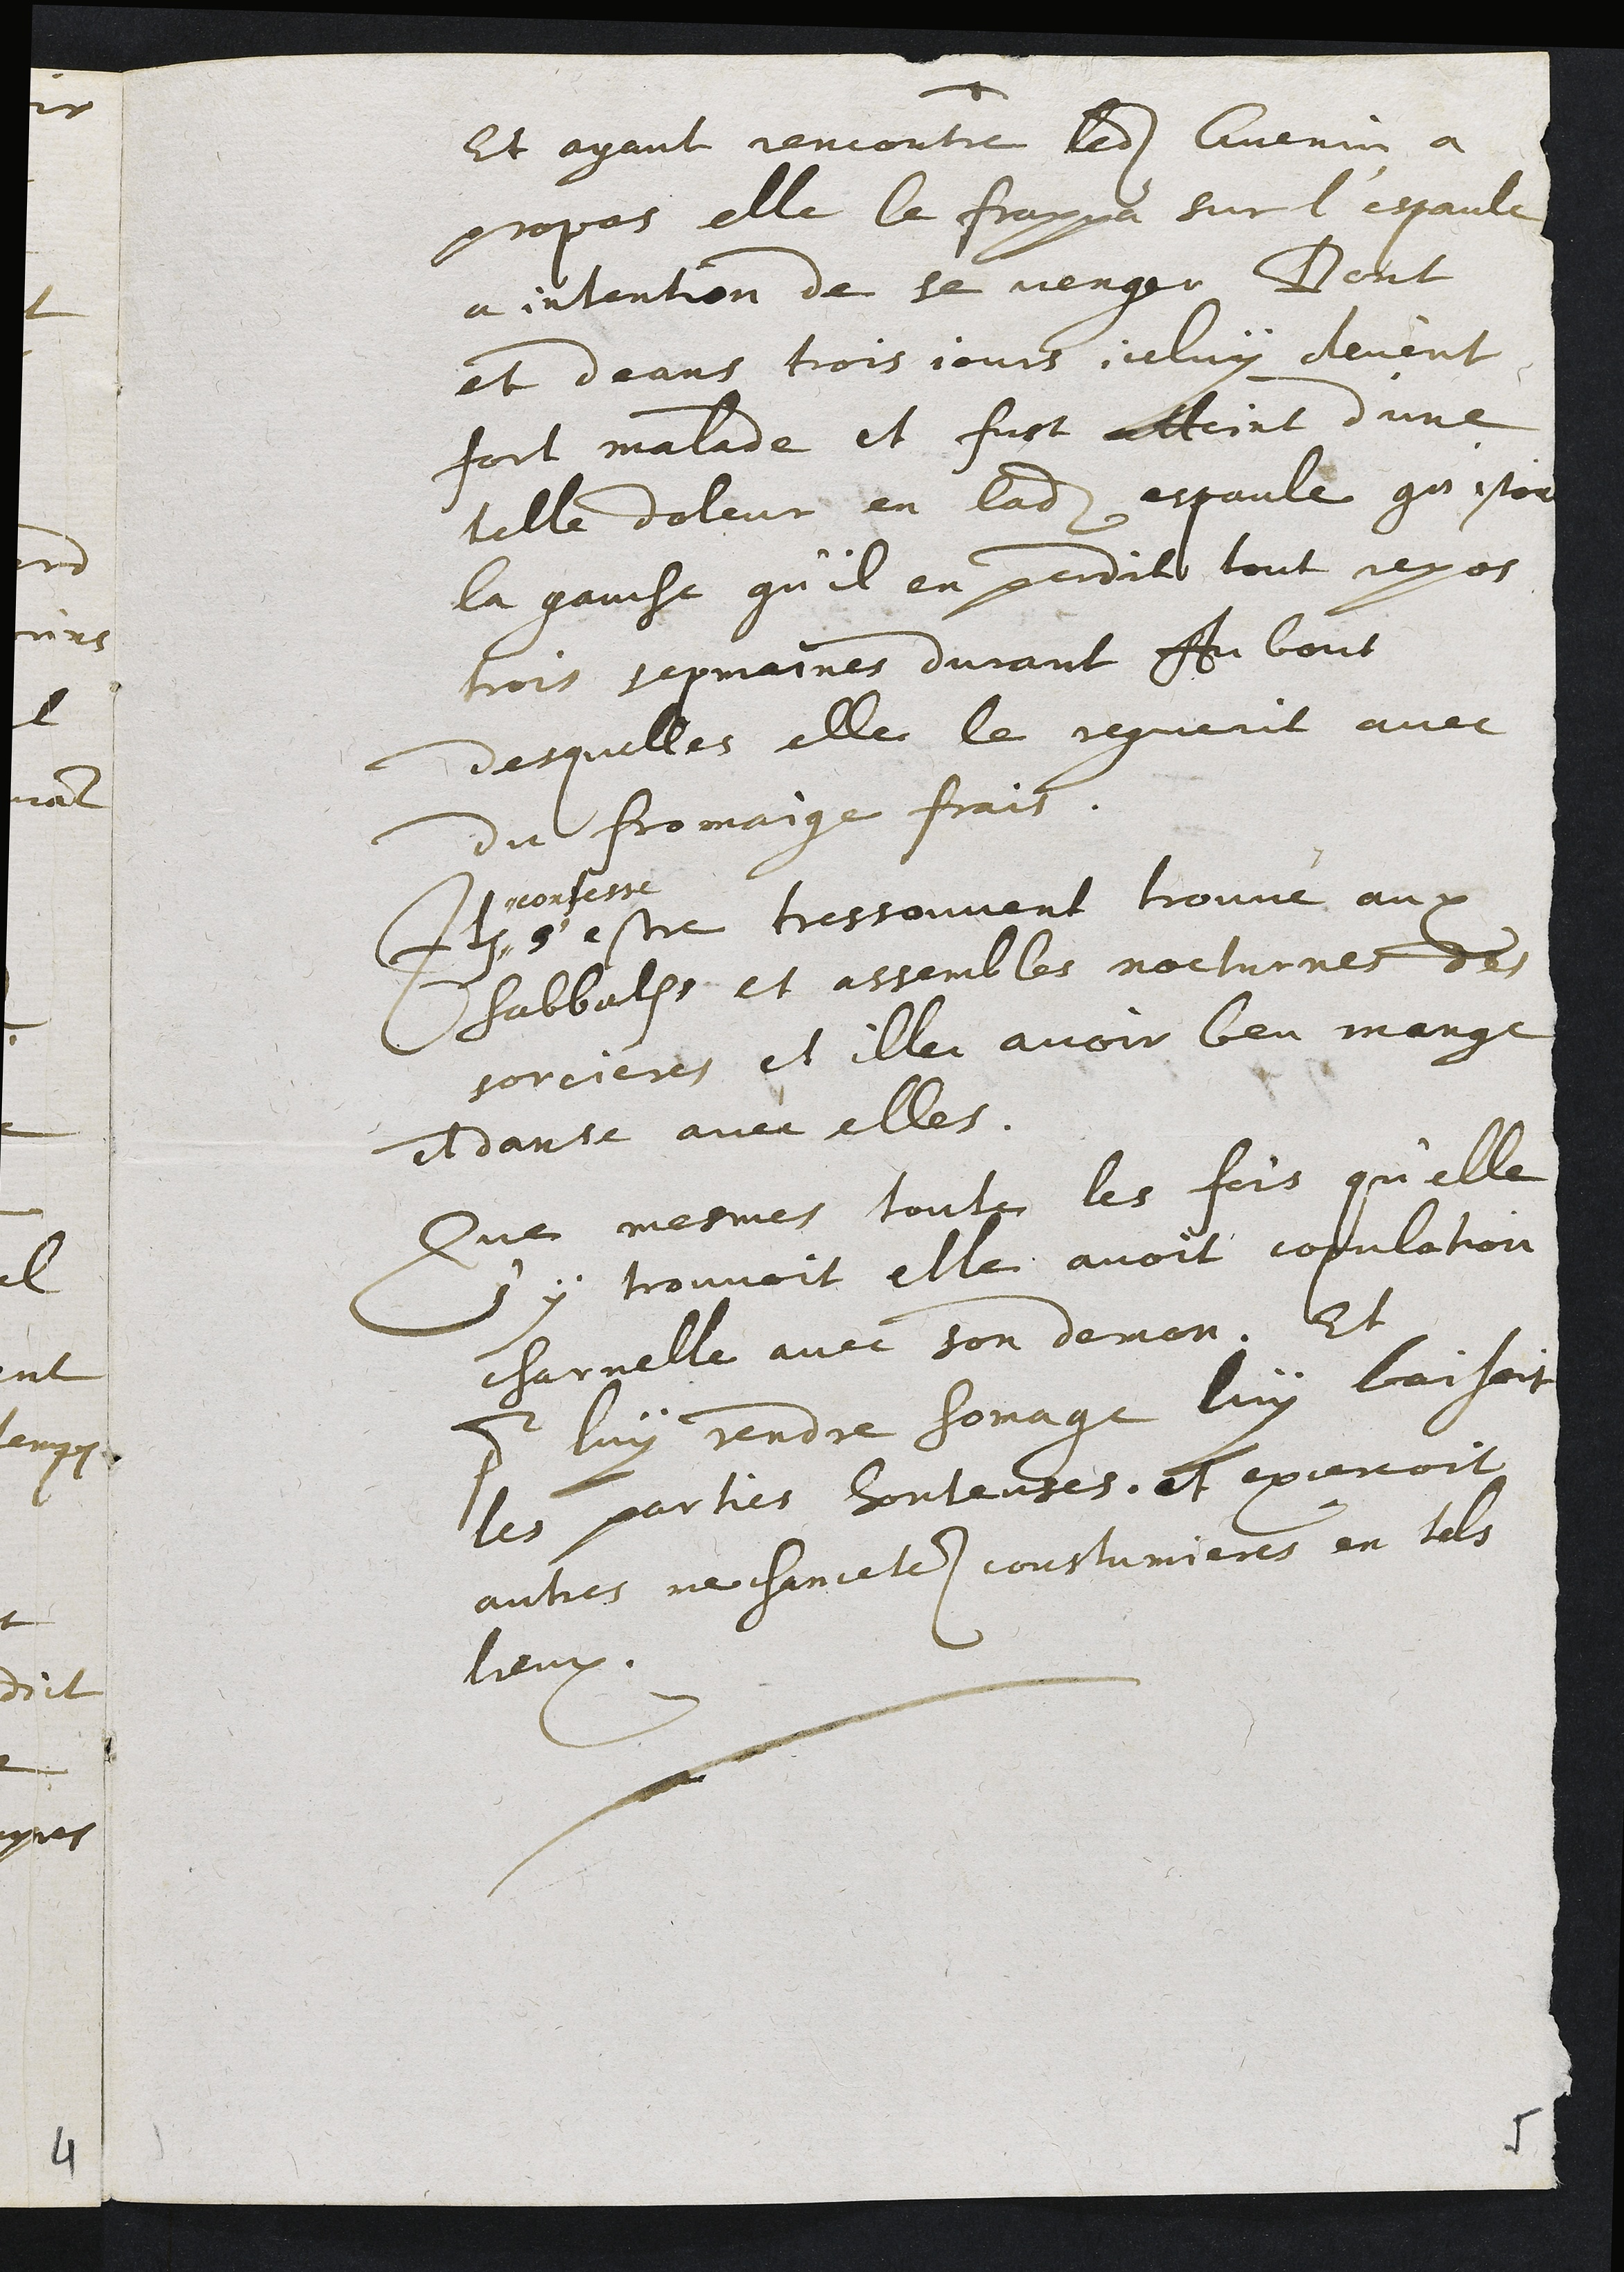
Et ayant rencontre ledit Guenin a
propos elle le frappa sur l'espaule
a intention de se venger Dont
et deans trois jours iceluy devint
fort malade et fust atteint d'une
telle doleur en ladite espaule qu'estoit
la gauche qu'il en perdit tout repos
trois sepmaines durant Au bout
desquelles elle le reguerit
avec du fromaige frais.
Item ,,
,, reconfesse
s'estre tressouvent trouvé aux
Sabbaths et assembles nocturnes des
sorcieres et illec avoir beu mange
et danse avec elles.
Que mesmes toutes les fois qu'elle
s'y trouvoit elle avoit copulation
charnelle avec son demon. Et
pour luy rendre homage luy baisoit
les parties honteuses. et exercoit
autres mechancetes coustumieres en tels
lieux.